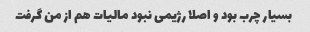
بسیار چرب بود و اصلا رژیمی نبود مالیات هم از من گرفت